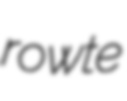
rowte